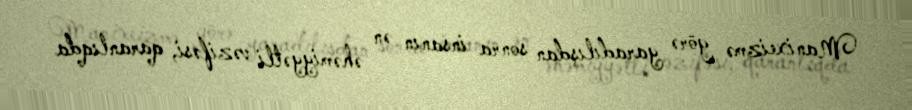
Manixeizmə görə yaradılışdan sonra insanın ən əhəmiyyətli vəzifəsi, qaranlıqda